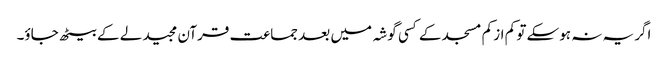
اگر یہ نہ ہوسکے تو کم از کم مسجد کے کسی گوشہ میں بعد جماعت قرآن مجید لے کے بیٹھ جاؤ۔